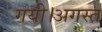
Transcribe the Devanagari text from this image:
गयी।अगस्त